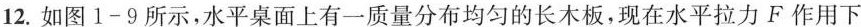
12.如图1-9所示，水平桌面上有一质量分布均匀的长木板，现在水平拉力F作用下